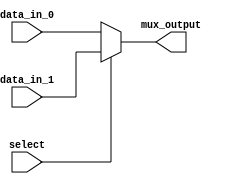
module Multiplexer_2to1 (
    input data_in_0,
    input data_in_1,
    input select,
    output reg mux_output
);

always @(*) begin
    if (select == 0) begin
        mux_output = data_in_0;
    end else begin
        mux_output = data_in_1;
    end
end

endmodule